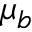
\mu _ { b }